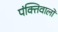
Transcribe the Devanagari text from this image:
पंक्तिवालों